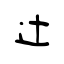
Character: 辻